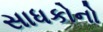
સાધકોનો